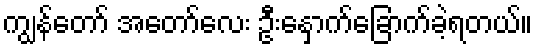
ကျွန်တော် အတော်လေး ဦးနှောက်ခြောက်ခဲ့ရတယ်။